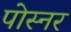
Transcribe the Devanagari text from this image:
पोस्‍नर